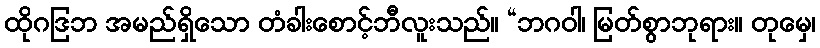
ထိုဂဒြဘ အမည်ရှိသော တံခါးစောင့်ဘီလူးသည်။ “ဘဂဝါ၊ မြတ်စွာဘုရား။ တုမှေ၊